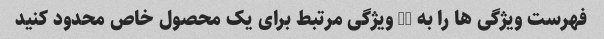
فهرست ویژگی ها را به 10 ویژگی مرتبط برای یک محصول خاص محدود کنید